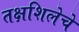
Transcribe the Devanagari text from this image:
तक्षशिलेचे